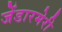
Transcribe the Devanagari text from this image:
जेंडारमेरी